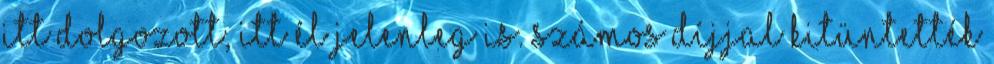
itt dolgozott, itt él jelenleg is. Számos díjjal kitüntették